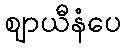
ဈာယီနံပေ